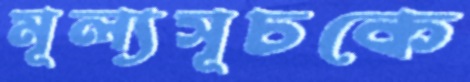
মূল্যসূচকে